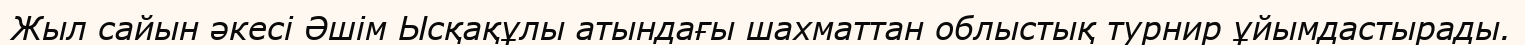
Жыл сайын әкесі Әшім Ысқақұлы атындағы шахматтан облыстық турнир ұйымдастырады.